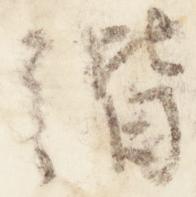
階